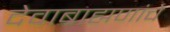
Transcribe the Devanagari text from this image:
देवाब्राह्मणांचे